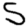
Digit: 5